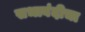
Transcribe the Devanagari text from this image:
सभाबंदीचा